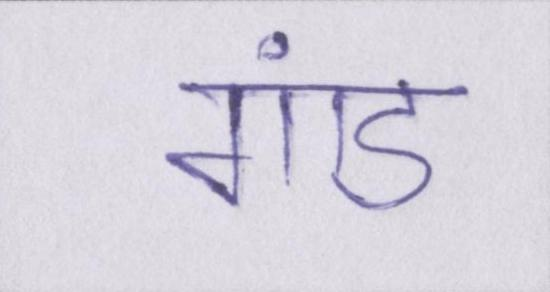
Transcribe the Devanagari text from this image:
गांड